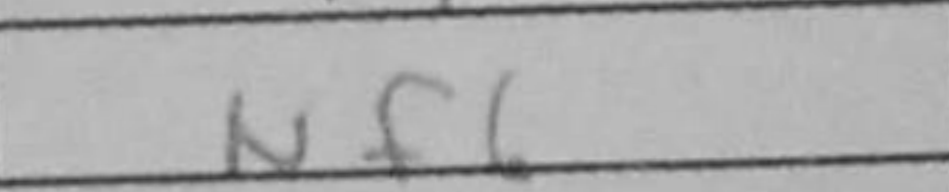
Transcription: Nf6